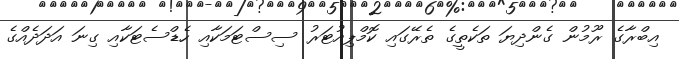
އިބްރާގެ ރޫމުން ގެންދިޔަ ތަކެތީގެ ތެރޭގައި ކޮމްޕިއުޓަރު ސިސްޓަމަކާއި ހެޑްސެޓަކާއި ގިނަ އަދަދެއްގެ